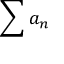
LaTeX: \sum a _ { n }